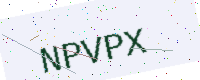
Text: NPVPX